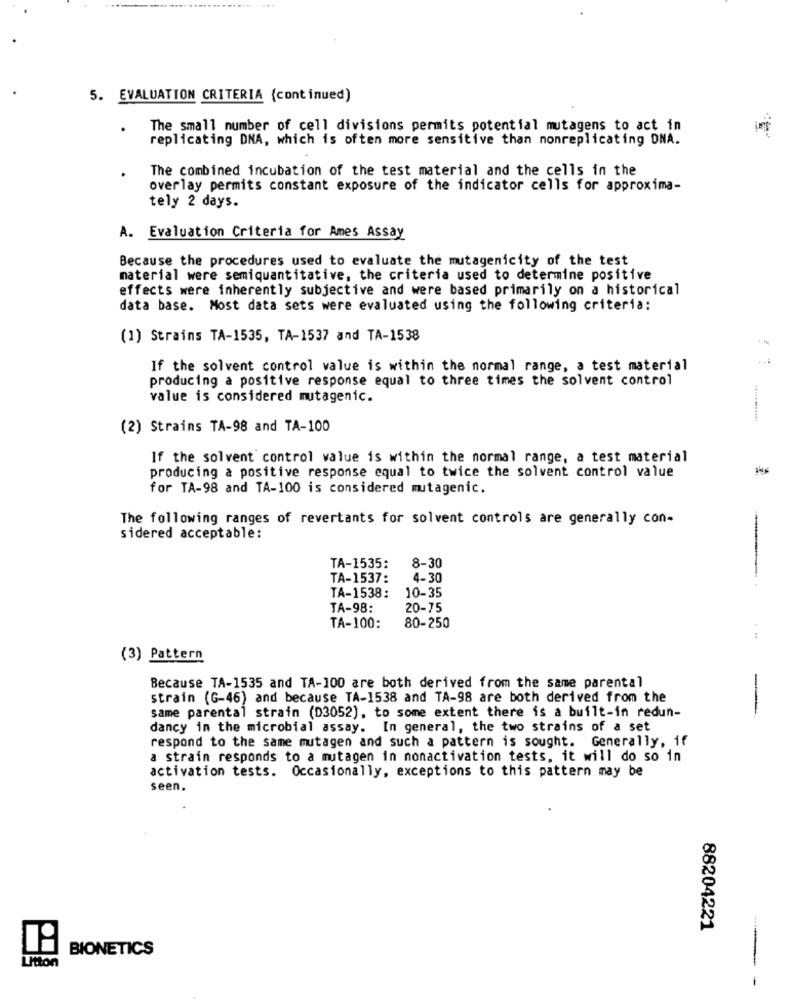
5. EVALUATION CRITERIA (continued)
The small number of cell divisions permits potential mutagens to act in
replicating DNA, which is often more sensitive than nonreplicating DNA.
The combined incubation of the test material and the cells in the
overlay permits constant exposure of the indicator cells for approxima-
tely 2 days.
A. Evaluation Criteria for Ames Assay
Because the procedures used to evaluate the mutagenicity of the test
material were semiquantitative, the criteria used to determine positive
effects were inherently subjective and were based primarily on a historical
data base. Most data sets were evaluated using the following criteria:
(1) Strains TA-1535, TA-1537 and TA-1538
If the solvent control value is within the normal range, a test material
producing a positive response equal to three times the solvent control
value is considered mutagenic.
(2) Strains TA-98 and TA-100
If the solvent control value is within the normal range, a test material
producing a positive response equal to twice the solvent control value
for TA-98 and TA-100 is considered mutagenic.
The following ranges of revertants for solvent controls are generally con-
sidered acceptable:
TA-1535:
8-30
TA-1537:
4-30
TA-1538:
10-35
TA-98:
20-75
TA-100:
80-250
...
(3) Pattern
Because TA-1535 and TA-100 are both derived from the same parental
strain (G-46) and because TA-1538 and TA-98 are both derived from the
same parental strain (D3052), to some extent there is a built-in redun-
-
dancy in the microbial assay. In general, the two strains of a set
respond to the same mutagen and such a pattern is sought. Generally, if
a strain responds to a mutagen in nonactivation tests, it will do so in
activation tests. Occasionally, exceptions to this pattern may be
seen.
88204221
BIONETICS
Litton
---